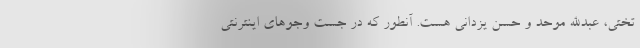
تختی، عبدالله موحد و حسن یزدانی هست. آنطور که در جست وجوهای اینترنتی